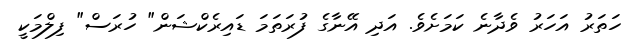
ހަތަރު އަހަރު ވެދާނެ ކަމަށެވެ. އަދި އޭނާގެ ފުރަތަމަ ޑައިރެކްޝަން" ހުރަސް" ފިލްމަކީ